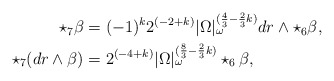
\begin{align*}\begin{aligned} \star_7 \beta &= (-1)^k 2^{(-2+k)} |\Omega|_\omega^{(\frac{4}{3} - \frac{2}{3}k)} dr \wedge \star_6 \beta, \\ \star_7 (dr \wedge \beta) &= 2^{(-4+k)} |\Omega|_\omega^{(\frac{8}{3} - \frac{2}{3}k)} \star_6 \beta,\end{aligned}\end{align*}